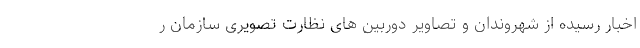
اخبار رسیده از شهروندان و تصاویر دوربین های نظارت تصویری سازمان ر